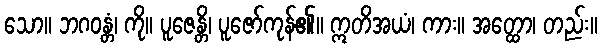
သော။ ဘဂဝန္တံ၊ ကို။ ပူဇေန္တိ၊ ပူဇော်ကုန်၏။ ဣတိအယံ၊ ကား။ အတ္ထော၊ တည်း။